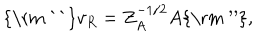
LaTeX: { \mathrm { \mathrm { ~ ` ` } } } v _ { R } = Z _ { A } ^ { - 1 / 2 } A { \mathrm { \mathrm { ~ ^ { \prime \prime } } } } ,